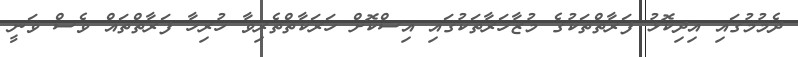
ދެމުމުގައި އިދިކޮޅު ފަރާތްތަކުގެ މުޒާހަރާތަކުގައި އިސްކޮށް ހަރަކާތްތެރިވާ ހުރިހާ ފަރާތްތައް ވެސް ވަނީ